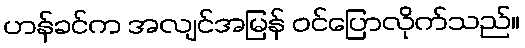
ဟန်ခင်က အလျင်အမြန် ဝင်ပြောလိုက်သည်။